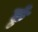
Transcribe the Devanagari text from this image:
छुं